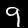
Digit: 9